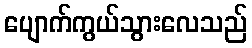
ပျောက်ကွယ်သွားလေသည်